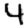
Digit: 4